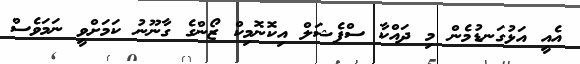
އެއީ އަޅުގަނޑުމެން މި ދައްކާ ސްޕެޝަލް އިކޮނޮމިކް ޒޯންގެ ގާނޫނު ކަމަށްވީ ނަމަވެސް